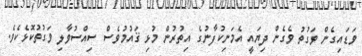
ވަޑައިގެން ވަގުތު ވެގެން ދިޔައީ އެމަނިކުފާނުގެ އިތުރުން މުޅި ޤައުމުވެސް ސިއްސުވާލި ވަގުތުކޮޅެކެވެ.